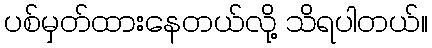
ပစ်မှတ်ထားနေတယ်လို့ သိရပါတယ်။